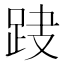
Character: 𨀆